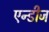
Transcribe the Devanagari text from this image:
एन्डीज